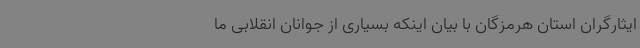
ایثارگران استان هرمزگان با بیان اینکه بسیاری از جوانان انقلابی ما